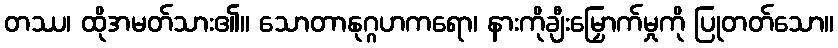
တဿ၊ ထိုအမတ်သား၏။ သောတာနုဂ္ဂဟကရော၊ နားကိုချီးမြှောက်မှုကို ပြုတတ်သော။